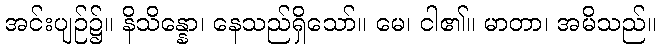
အင်းပျဉ်၌။ နိသိန္နော၊ နေသည်ရှိသော်။ မေ၊ ငါ၏။ မာတာ၊ အမိသည်။